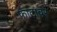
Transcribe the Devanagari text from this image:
फाटावर